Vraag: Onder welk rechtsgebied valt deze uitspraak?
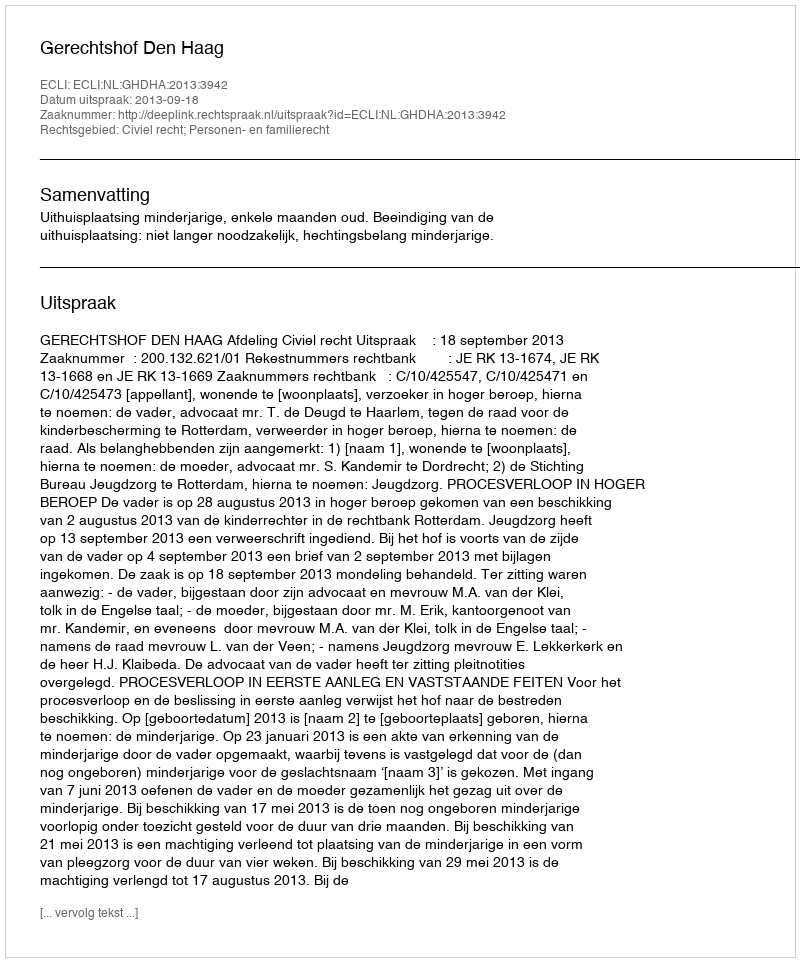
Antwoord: Civiel recht; Personen- en familierecht